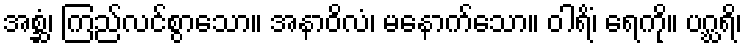
အစ္ဆံ၊ ကြည်လင်စွာသော။ အနာဝိလံ၊ မနောက်သော။ ဝါရိံ၊ ရေကို။ ပဂ္ဃရိ၊